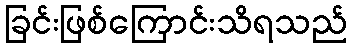
ခြင်းဖြစ်ကြောင်းသိရသည်